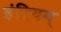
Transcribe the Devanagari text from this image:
इंद्रियम्